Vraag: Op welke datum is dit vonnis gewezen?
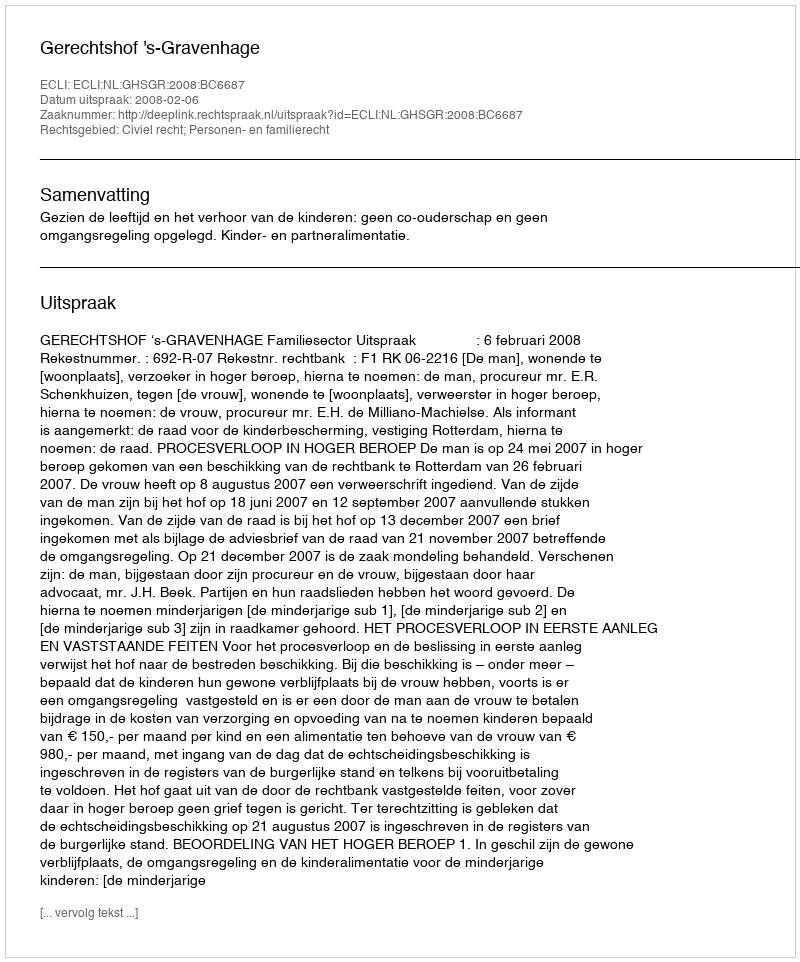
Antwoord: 2008-02-06